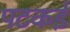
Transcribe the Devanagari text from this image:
पटकई